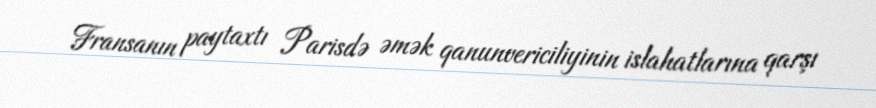
Fransanın paytaxtı Parisdə əmək qanunvericiliyinin islahatlarına qarşı